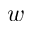
w